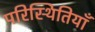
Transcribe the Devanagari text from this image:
परिस्थितियॉं